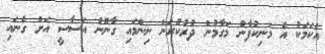
އެކަމަކު އެ މަނިކުފާނު މަގާމުން ދުރުކުރަން ނިންމައި ގާނޫނު އަސާސީ އަށް ގެނައި